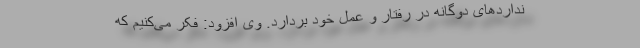
نداردهای دوگانه در رفتار و عمل خود بردارد. وی افزود: فکر می‌کنیم که